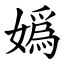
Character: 嬀